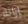
إزالة